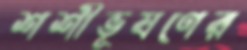
শশীভূষণের